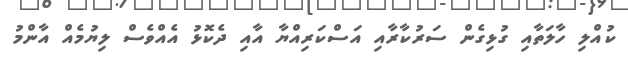
ކުއްލި ހާލަތާއި ގުޅިގެން ސަރުކާރާއި އަސްކަރިއްޔާ އާއި ދެކޮޅު އެއްވެސް ލިޔުމެއް އާންމު